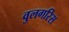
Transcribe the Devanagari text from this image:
वुलगरिस